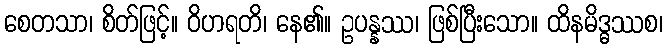
စေတသာ၊ စိတ်ဖြင့်။ ဝိဟရတိ၊ နေ၏။ ဥပန္နဿ၊ ဖြစ်ပြီးသော။ ထိနမိဒ္ဓဿစ၊